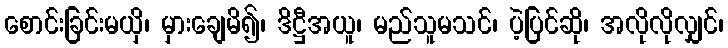
စောင်းခြင်းမယှိ၊ မှားချေမိ၍၊ ဒိဋ္ဌီအယူ၊ မည်သူမသင်၊ ပဲ့ပြင်ဆို၊ အလိုလိုလျှင်၊